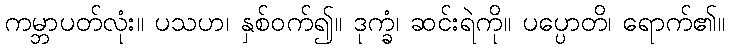
ကမ္ဘာပတ်လုံး။ ပသဟ၊ နှစ်ဝက်၍။ ဒုက္ခံ၊ ဆင်းရဲကို။ ပပ္ပောတိ၊ ရောက်၏။